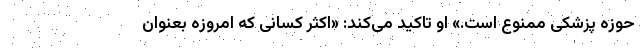
حوزه پزشکی ممنوع است.» او تاکید می‌کند: «اکثر کسانی که امروزه بعنوان